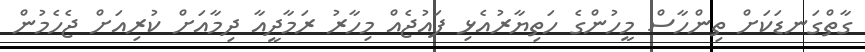
ގާތްގަނޑަކަށް ތިންހާސް މީހުންގެ ހަތިޔާރުއެޅި ފައުޖެއް މިހާރު ރަމާދީއާ ދިމާއަށް ކުރިއަށް ޖެހެމުން